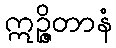
ဣဉ္ဇိတာနံ